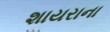
શાયરાના